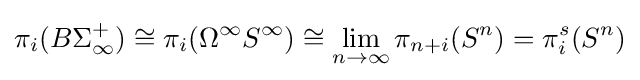
\pi _{i}(B\Sigma _{\infty }^{+})\cong \pi _{i}(\Omega ^{\infty }S^{\infty })\cong \lim _{n\rightarrow \infty }\pi _{n+i}(S^{n})=\pi _{i}^{s}(S^{n})